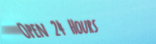
Open 24 Hours